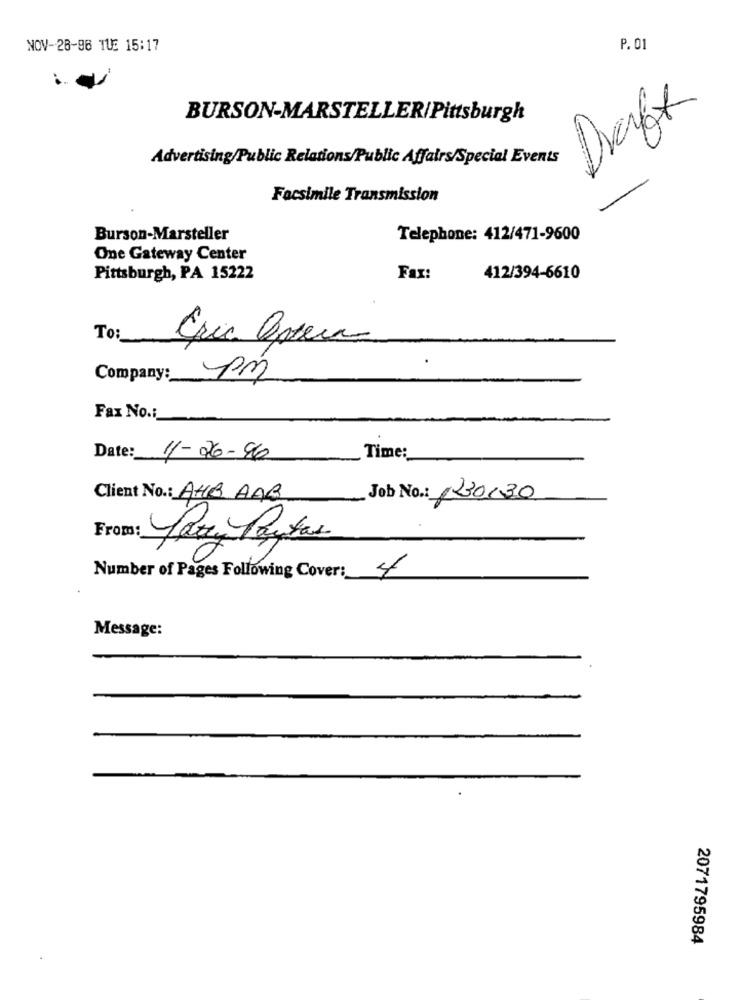
NOV-28-96 TUE 15:17
P. 01
BURSON-MARSTELLER/Pittsburgh
Draft
Advertising/Public Relations/Public Affairs/Special Events
Facsimile Transmission
Burson-Marsteller
Telephone: 412/471-9600
One Gateway Center
Pittsburgh, PA 15222
Fax:
412/394-6610
To:
Éric Optera
Company:
pm
Fax No .:
Date: 11-26-96
Time:
Client No .: AHB AAB
Job No .: 1230130
From:
Party Pautas
Number of Pages Following Cover: 4
Message:
2071795984